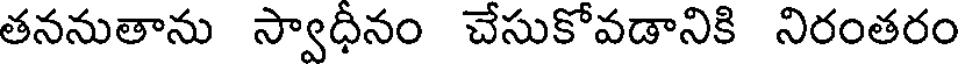
తననుతాను స్వాధీనం చేసుకోవడానికి నిరంతరం